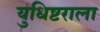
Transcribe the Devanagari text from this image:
युधिष्टराला